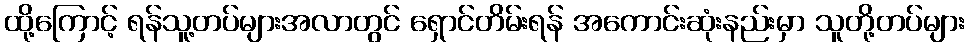
ထို့ကြောင့် ရန်သူ့တပ်များအလာတွင် ရှောင်တိမ်းရန် အကောင်းဆုံးနည်းမှာ သူတို့တပ်များ